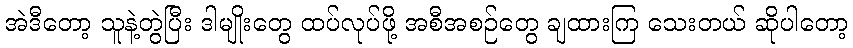
အဲဒီတော့ သူနဲ့တွဲပြီး ဒါမျိုးတွေ ထပ်လုပ်ဖို့ အစီအစဉ်တွေ ချထားကြ သေးတယ် ဆိုပါတော့